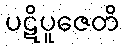
ပဋိပူဇေတိ